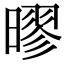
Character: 㬔